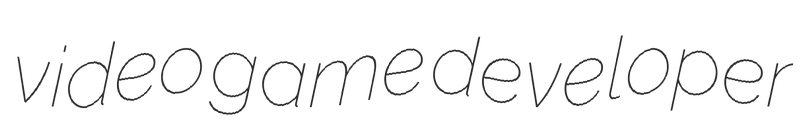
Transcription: video game developer